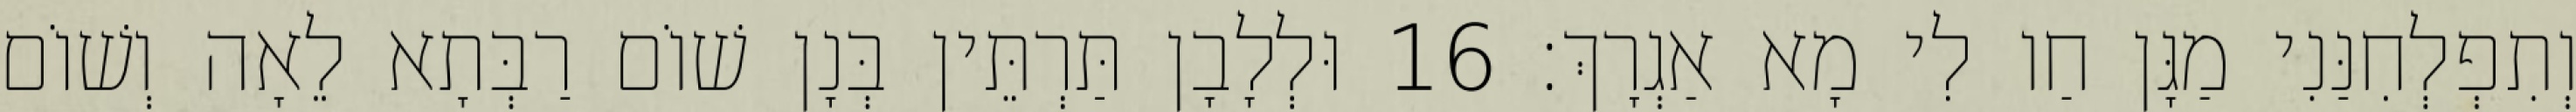
וְתִפְלְחִנַּנִי מַגָּן חַו לִי מָא אַגְרָךְ׃ 16 וּלְלָבָן תַּרְתֵּין בְּנָן שׁוֹם רַבְּתָא לֵאָה וְשׁוֹם